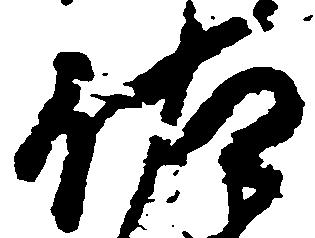
佐